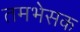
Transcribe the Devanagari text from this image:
तमभेसक